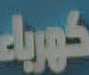
كورياء